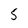
Character: 5